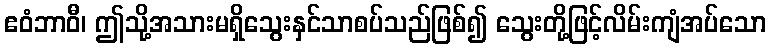
ဧဝံဘာဝီ၊ ဤသို့အသားမရှိသွေးနှင်သာစပ်သည်ဖြစ်၍ သွေးတို့ဖြင့်လိမ်းကျံအပ်သော